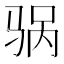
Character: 䯄